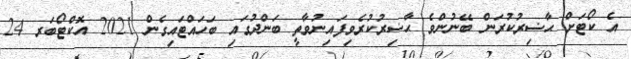
އެ ކޯޓަށް ޙާޟިރުކުރަން ބޭނުންވެ ޙާޟިރުކުރެވިފައިނުވާތީ ބަންދުގައި ބަހައްޓައިގެން 2021 އޮކްޓޯބަރ 24